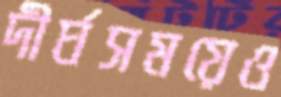
দীর্ঘসময়েও